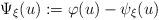
LaTeX: \begin{align*}\Psi_\xi(u):=\varphi(u)-\psi_\xi(u)\end{align*}